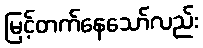
မြင့်တက်နေသော်လည်း